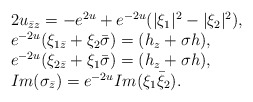
\begin{align*} \begin{array}{ll} 2 u_{\bar{z}z} = -e^{2u} +e^{-2u} (|\xi_1|^2 - |\xi_2|^2),\\ e^{-2u}( \xi_{1 \bar{z}} + \xi_2 \bar{\sigma}) = ( h_z + \sigma h ), \\ e^{-2u}( \xi_{2 \bar{z}} + \xi_1 \bar{\sigma})= (h_z + \sigma h ),\\ Im ( \sigma_{\bar{z}} ) = e^{-2u} Im (\xi_1 \bar{\xi}_2). \end{array} \end{align*}